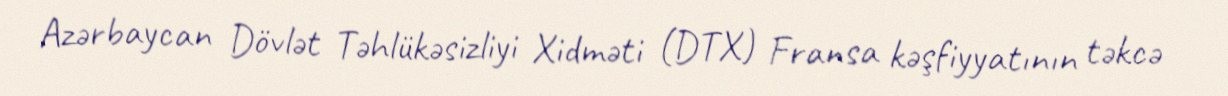
Azərbaycan Dövlət Təhlükəsizliyi Xidməti (DTX) Fransa kəşfiyyatının təkcə